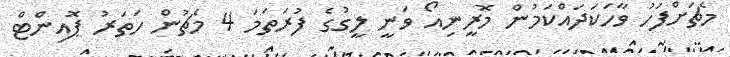
މެޗަށްފަހު ވާހަކަދައްކަމުން މޮރީނިއޯ ވަނީ ލީގުގެ ފުރަތަމަ 4 މެޗުން ހަތަރު ޕޮއިންޓް